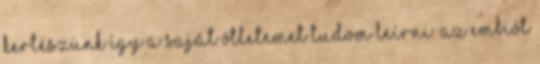
kertészünk így a saját ötletemet tudom leírni. Az embiót